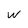
Character: w